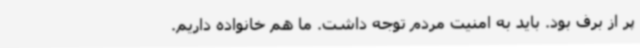
پر از برف بود. باید به امنیت مردم توجه داشت. ما هم خانواده داریم.